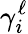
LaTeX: \gamma_{i}^{\ell}